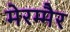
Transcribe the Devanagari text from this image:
मेरम्मैर